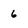
Character: 6